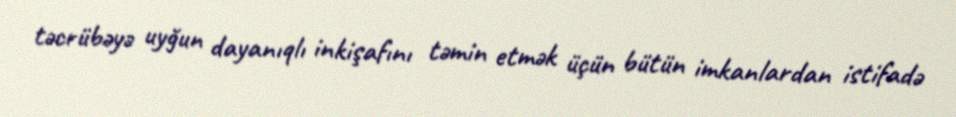
təcrübəyə uyğun dayanıqlı inkişafını təmin etmək üçün bütün imkanlardan istifadə